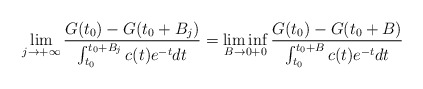
\begin{align*}\lim\limits_{j\to +\infty} \frac{G(t_0)-G(t_0+B_j)}{\int_{t_0}^{t_0+B_j}c(t)e^{-t}dt}=\liminf\limits_{B\to 0+0} \frac{G(t_0)-G(t_0+B)}{\int_{t_0}^{t_0+B}c(t)e^{-t}dt}\end{align*}